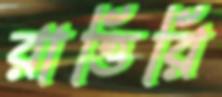
রাত্তিরি